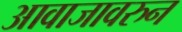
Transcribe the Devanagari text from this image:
आवाजावरुन